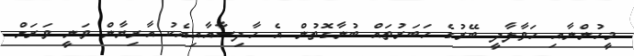
މީހުންނާއި ހަވާލާދީ ބޭރުގެ ހަބަރުތައް ބުނާގޮތުން އެ ހާދިސާއާއިއެކު އާރިޔާން ވަނީ ވަރަށް